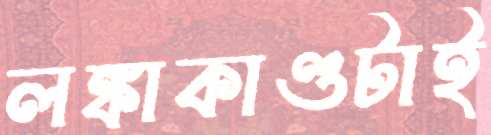
লঙ্কাকাণ্ডটাই